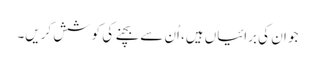
جو ان کی برائیاں ہیں، اُن سے بچنے کی کوشش کریں۔